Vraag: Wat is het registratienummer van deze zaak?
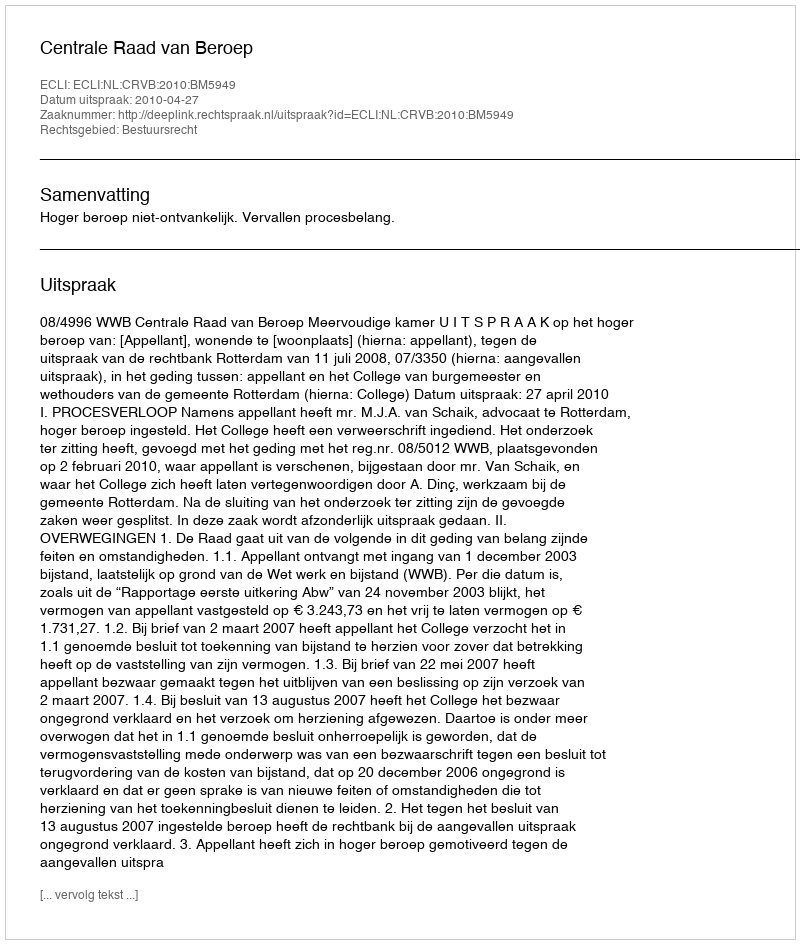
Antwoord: http://deeplink.rechtspraak.nl/uitspraak?id=ECLI:NL:CRVB:2010:BM5949